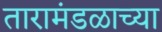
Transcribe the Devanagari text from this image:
तारामंडळाच्या